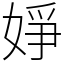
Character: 婙